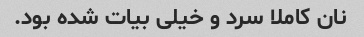
نان کاملا سرد و خیلی بیات شده بود.